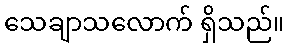
သေချာသလောက် ရှိသည်။